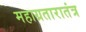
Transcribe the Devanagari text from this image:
महाग्रतारातंत्र